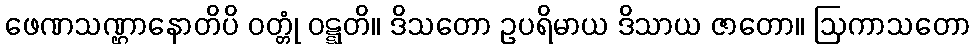
ဖေဏသဏ္ဌာနောတိပိ ဝတ္တုံ ဝဋ္ဋတိ။ ဒိသတော ဥပရိမာယ ဒိသာယ ဇာတော။ ဩကာသတော